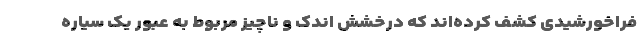
فراخورشیدی کشف کرده‌اند که درخشش اندک و ناچیز مربوط به عبور یک سیاره